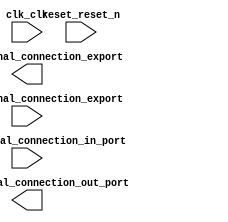

module PD_PIO (
	clk_clk,
	pio_0_external_connection_in_port,
	pio_0_external_connection_out_port,
	pio_1_external_connection_export,
	reset_reset_n,
	pio_2_external_connection_export);	

	input		clk_clk;
	input	[7:0]	pio_0_external_connection_in_port;
	output	[7:0]	pio_0_external_connection_out_port;
	output		pio_1_external_connection_export;
	input		reset_reset_n;
	input	[9:0]	pio_2_external_connection_export;
endmodule